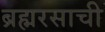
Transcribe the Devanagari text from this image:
ब्रह्मरसाची